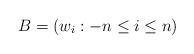
LaTeX: \begin{align*}B=(w_i:-n\leq i\leq n)\end{align*}